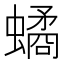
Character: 𧑐